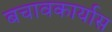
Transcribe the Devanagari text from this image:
बचावकार्यास